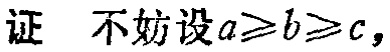
证 不妨设\(a\geqslant b\geqslant c\)，